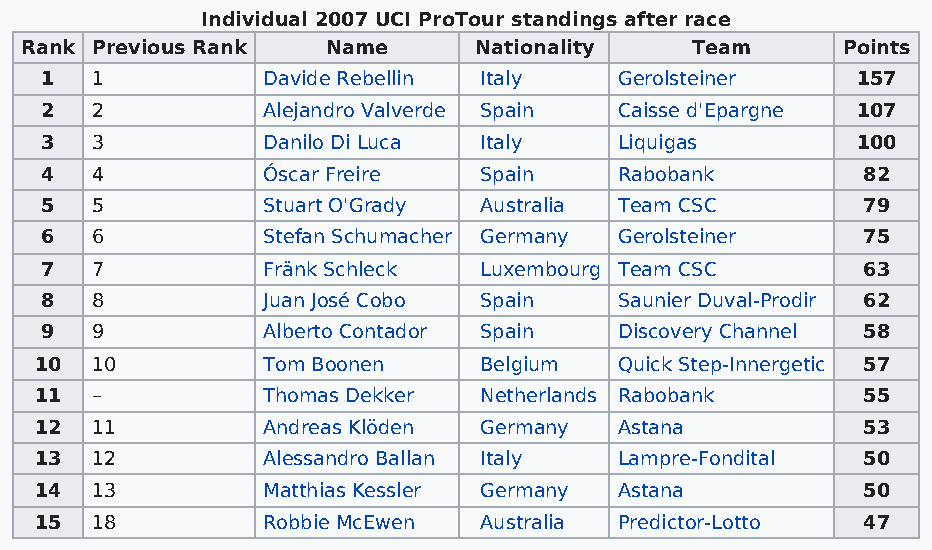
Individual 2007 UCI ProTour standings after race
 Rank Previous Rank   Name     Nationality    Team      Points
 1  1          Davide Rebellin Italy   Gerolsteiner    157
 2  2          Alejandro Valverde Spain Caisse d'Epargne 107
 3  3          Danilo Di Luca Italy    Liquigas        100
 4  4          Óscar Freire   Spain    Rabobank        82
 5  5          Stuart O'Grady Australia Team CSC       79
 6  6          Stefan Schumacher Germany Gerolsteiner  75
 7  7          Fränk Schleck  Luxembourg Team CSC      63
 8  8          Juan José Cobo Spain    Saunier Duval-Prodir 62
 9  9          Alberto Contador Spain  Discovery Channel 58
 10  10         Tom Boonen     Belgium  Quick Step-Innergetic 57
 11  –          Thomas Dekker  Netherlands Rabobank     55
 12  11         Andreas Klöden Germany  Astana          53
 13  12         Alessandro Ballan Italy Lampre-Fondital 50
 14  13         Matthias Kessler Germany Astana         50
 15  18         Robbie McEwen  Australia Predictor-Lotto 47